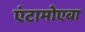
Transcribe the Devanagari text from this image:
एंटामोएबा